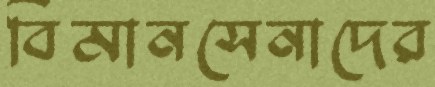
বিমানসেনাদের